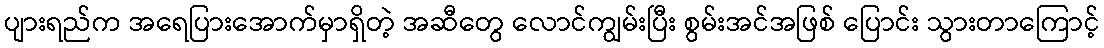
ပျားရည်က အရေပြားအောက်မှာရှိတဲ့ အဆီတွေ လောင်ကျွမ်းပြီး စွမ်းအင်အဖြစ် ပြောင်း သွားတာကြောင့်